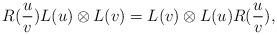
LaTeX: \begin{align*}R(\frac{u}{v})L(u)\otimes L(v)=L(v)\otimes L(u)R(\frac{u}{v}),\end{align*}